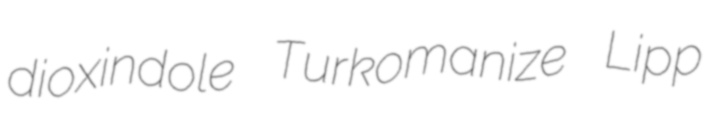
dioxindole Turkomanize Lipp